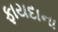
ફાયદાના